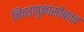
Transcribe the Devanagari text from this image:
निवडणुकांसोबतच